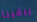
يبقينا